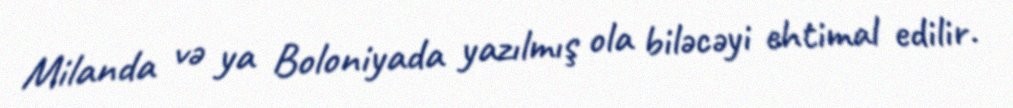
Milanda və ya Boloniyada yazılmış ola biləcəyi ehtimal edilir.